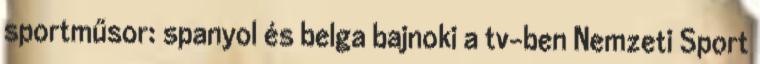
sportműsor: spanyol és belga bajnoki a tv-ben Nemzeti Sport